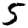
Digit: 5